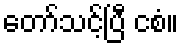
တော်သင့်ပြီ ငစံ။